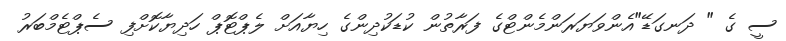
ސީ ގެ " ދަނގަޑޭ"އެންވަޔަރަންމެންޓްގެ ފަރާތުން ކުޑަކުދިންގެ ހިޔާއަށް ލެޕްޓޮޕް ހަދިޔާކޮށްފި ސެޕްޓެމްބަރު